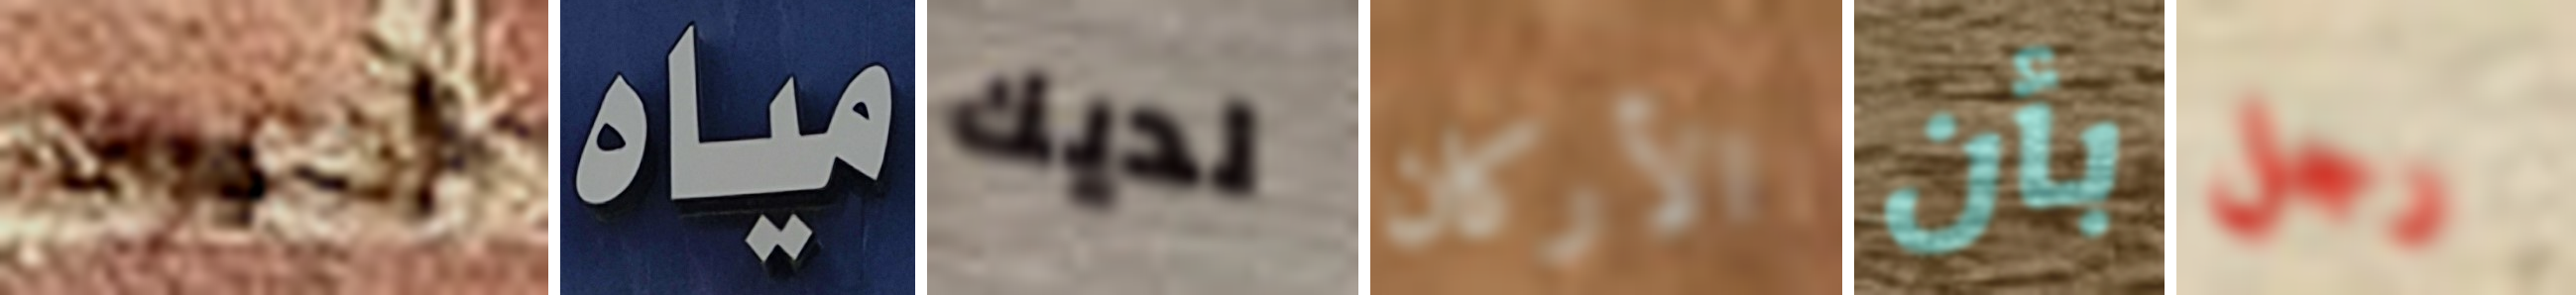
أدعوك مياه لديك الأركان بأن رجل